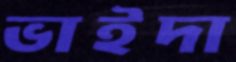
ভাইদা